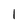
Character: 1